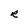
Character: R